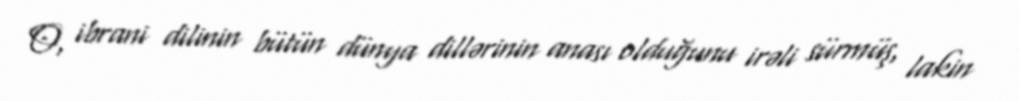
O, ibrani dilinin bütün dünya dillərinin anası olduğunu irəli sürmüş, lakin